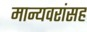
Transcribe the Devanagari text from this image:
मान्यवरांसह